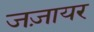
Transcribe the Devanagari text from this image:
जज़ायर